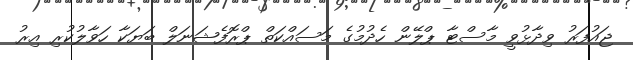
ޖައުފަރު ވިދާޅުވީ މާސްޓާ ޕްލޭން ހެދުމުގެ މަސައްކަތް ޕްރޮފެޝަނަލް ބަޔަކާ ހަވާލުކުރި އިރު